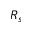
R _ { s }